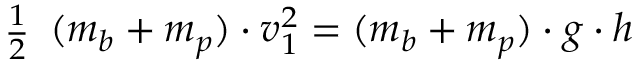
{ \begin{array} { l } { { \frac { 1 } { 2 } } } \end{array} } ( m _ { b } + m _ { p } ) \cdot v _ { 1 } ^ { 2 } = ( m _ { b } + m _ { p } ) \cdot g \cdot h